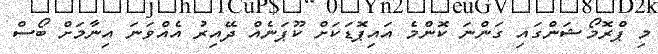
މި ޕްރޮމޯޝަންގައި ގަންނަ ކޮންމެ އައިޕޮޑަކަށް ކޫޕަނެއް ދޭއިރު އެއްވަނަ އިނާމަށް ބޯސް